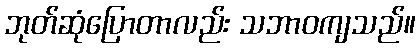
ဘုတ်ဆုံပြောတာလည်း သဘာဝကျသည်။